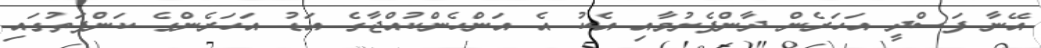
އޭނާ ފަސްދީ އަހަރެން ދާންފެށުމާއި އެކު އެ އަންހެންކުއްޖާގެ އަޑު އަހަރެންގެ ކަންފަތުގައި